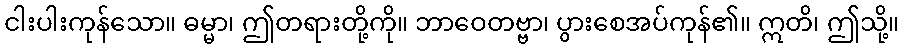
ငါးပါးကုန်သော။ ဓမ္မာ၊ ဤတရားတို့ကို။ ဘာဝေတဗ္ဗာ၊ ပွားစေအပ်ကုန်၏။ ဣတိ၊ ဤသို့။